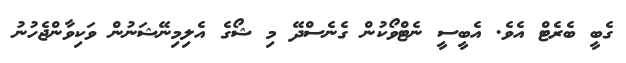
ގެބީ ބެރެޓް އެވެ. އެބީސީ ނެޓްވޯކުން ގެނެސްދޭ މި ޝޯގެ އެލިމިނޭޝަނުން ވަކިވާންޖެހުނު